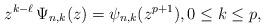
LaTeX: \begin{align*}z^{k-\ell}\,\Psi_{n,k}(z)=\psi_{n,k}(z^{p+1}), 0\leq k\leq p,\end{align*}